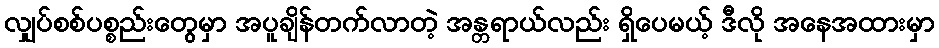
လျှပ်စစ်ပစ္စည်းတွေမှာ အပူချိန်တက်လာတဲ့ အန္တရာယ်လည်း ရှိပေမယ့် ဒီလို အနေအထားမှာ